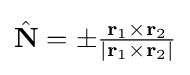
{\textstyle {\hat {\mathbf {N} }}=\pm {\frac {\mathbf {r} _{1}\times \mathbf {r} _{2}}{\left|\mathbf {r} _{1}\times \mathbf {r} _{2}\right|}}}